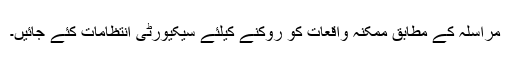
مراسلہ کے مطابق ممکنہ واقعات کو روکنے کیلئے سیکیورٹی انتظامات کئے جائیں۔